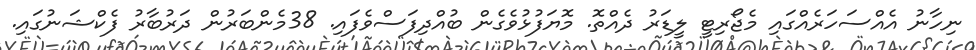
ނިހާނު އެއްސަހަރެއްގައި މެޖޯރިޓީ ލީޑަރު ދެއްތޮ. މޮޔަފުޅުވެގެން ބުއްދިފަސްވެފައި. 38މެންބަރުން ދަރުބާރު ފެކްޝަނުގައި.